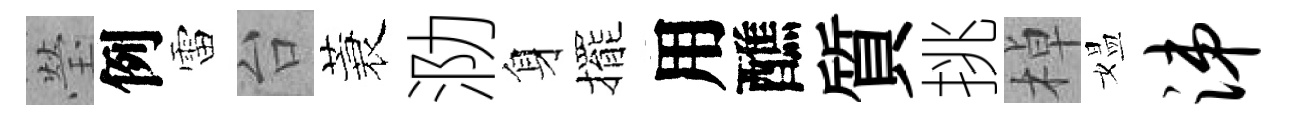
瑩例雷台蓑泐身擺用醮質挑棹媪涕